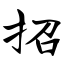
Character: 招